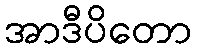
အာဒီပိတော